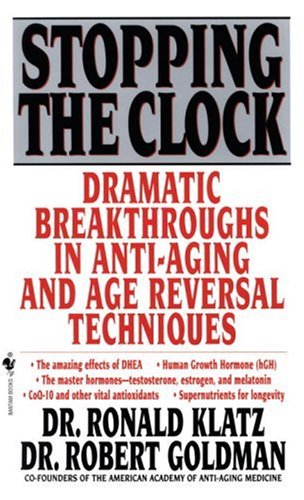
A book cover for Stopping the Clock: Dramatic Breakthroughs in Anti-Aging and Age Reversal Techniques; Ronald Klatz; Health, Fitness & Dieting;